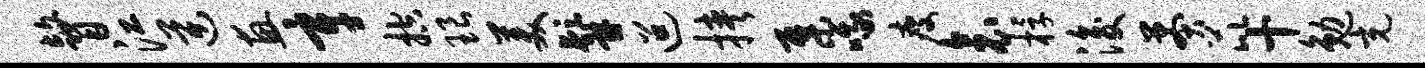
瞽江逆惠辛控琅美髯迢挟集哦瘦衾桴浚莽芘十勉充